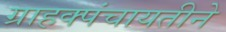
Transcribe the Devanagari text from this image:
ग्राहक्पंचायतीने